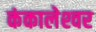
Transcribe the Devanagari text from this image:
कंकालेश्‍वर